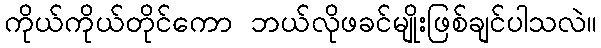
ကိုယ်ကိုယ်တိုင်ကော ဘယ်လိုဖခင်မျိုးဖြစ်ချင်ပါသလဲ။